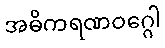
အဓိကရဏဝဂ္ဂေါ